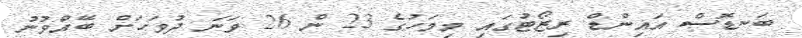
ބަނޑޮސް އައިންޑް ރިޒޯޓުގައި މިމަހުގެ 23 ން 26 ވަނަ ދުވަހަށް ބޭއްވުނު